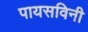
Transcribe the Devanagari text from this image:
पायसविनी